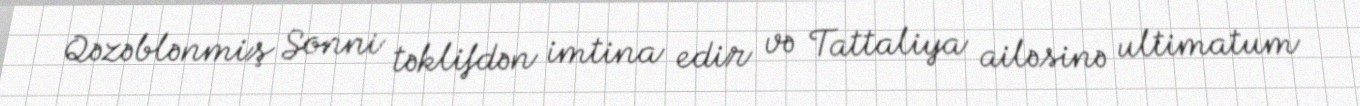
Qəzəblənmiş Sonni təklifdən imtina edir və Tattaliya ailəsinə ultimatum